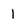
Character: 1